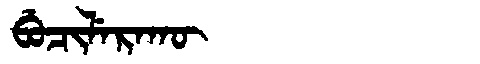
Manchu: ᠪᡠᠴᡳᠯᡝᡵᠠᡴᡡ
Romanization: BUCILERAKŪ